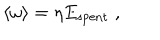
\langle \omega \rangle = \eta E _ { \mathrm { s p e n t } } \; ,